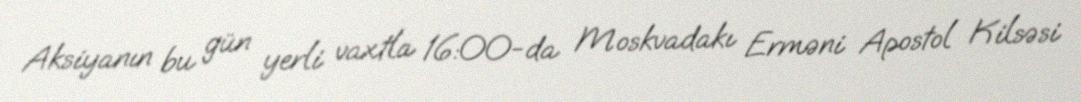
Aksiyanın bu gün yerli vaxtla 16:00-da Moskvadakı Erməni Apostol Kilsəsi